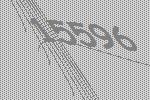
15596